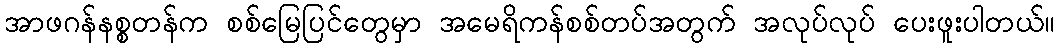
အာဖဂန်နစ္စတန်က စစ်မြေပြင်တွေမှာ အမေရိကန်စစ်တပ်အတွက် အလုပ်လုပ် ပေးဖူးပါတယ်။